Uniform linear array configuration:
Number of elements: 24
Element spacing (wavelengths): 1
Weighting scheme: cosine
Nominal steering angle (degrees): -30
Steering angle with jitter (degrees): -31.899
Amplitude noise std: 0.05
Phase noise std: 0.05

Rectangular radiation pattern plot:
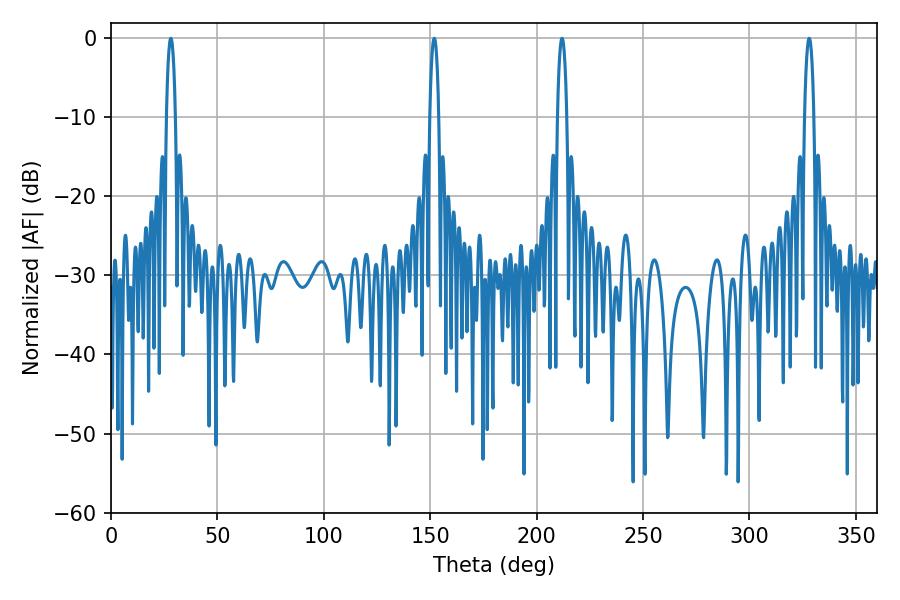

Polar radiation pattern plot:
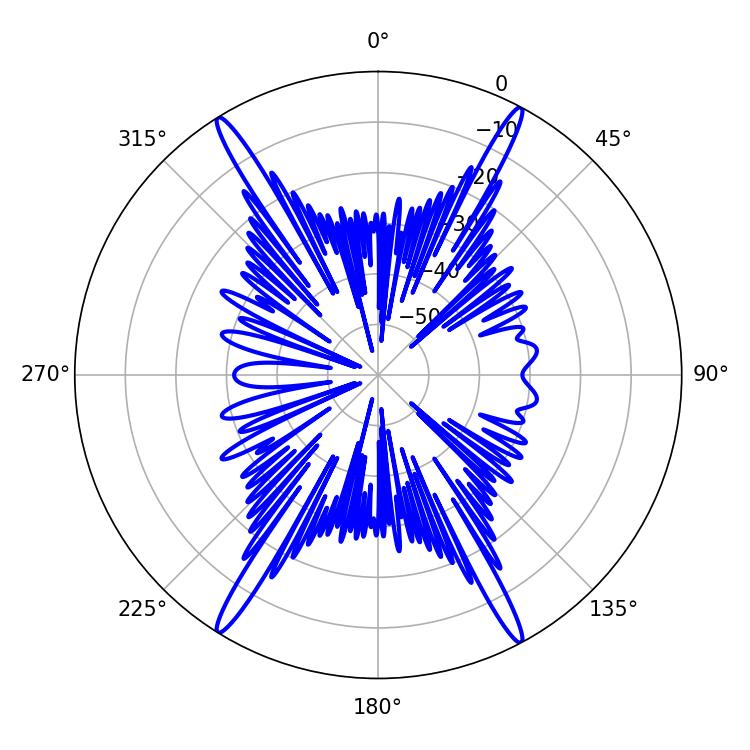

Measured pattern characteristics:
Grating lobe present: TRUE
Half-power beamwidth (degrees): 2.34
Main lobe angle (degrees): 28.08